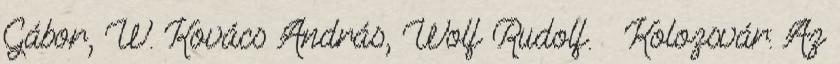
Gábor, W. Kovács András, Wolf Rudolf. – Kolozsvár: Az